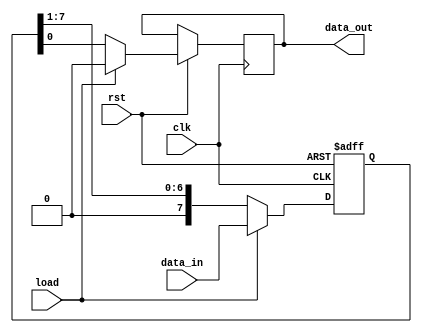
module PISO_reg(input load, clk, rst,
             input [7:0] data_in,
             output reg data_out);
             reg [7:0] data_reg;
               
               always @ (posedge clk or negedge rst) begin
                 if (~rst)
                   data_reg <= 8'h00; // Reset PISO register array on reset
                 else begin
                   
                   // Load the data to the PISO register array and reset the serial data out register
                   if (load)
                       {data_reg, data_out} <= {data_in, 1'b0};
                   // Shift the loaded data 1 bit right; into the serial data out register
                   else
                       {data_reg, data_out} <= {1'b0, data_reg[7:0]};
                 end
               end
endmodule